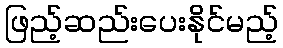
ဖြည့်ဆည်းပေးနိုင်မည့်